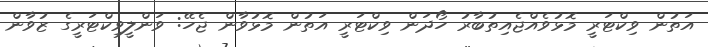
އަތުން ވިކްޓަރީ މޮޅުވެއްޖެއިތުބާރު ހޯދަން ވިކްޓަރީ އަތުން މޮޅުވާން ޖެހޭ: ވަންލީވިކްޓަރީގެ ޒުވާން